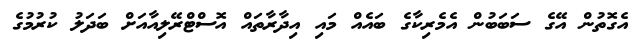
އެގޮތުން އޭގެ ސަބަބުން އެމެރިކާގެ ބައެއް މައި އިދާރާތައް އޮސްޓްރޭލިއާއަށް ބަދަލު ކުރުމުގެ